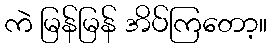
ကဲ မြန်မြန် အိပ်ကြတော့။